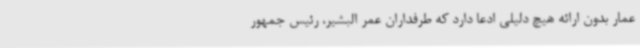
عمار بدون ارائه هیچ دلیلی ادعا دارد که طرفداران عمر البشیر، رئیس جمهور